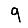
Digit: 9